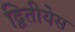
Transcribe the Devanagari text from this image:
द्वितीयेस